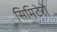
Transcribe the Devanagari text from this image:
सिमिटेरो